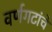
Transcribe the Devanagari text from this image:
वर्णगटांचे